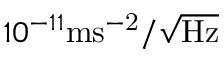
1 0 ^ { - 1 1 } \mathrm { m s ^ { - 2 } / \sqrt { H z } }